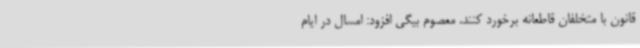
قانون با متخلفان قاطعانه برخورد کنند. معصوم بیگی افزود: امسال در ایام